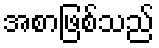
အစာဖြစ်သည်